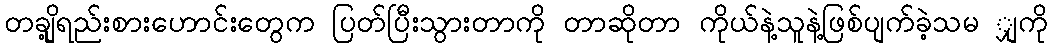
တချို့ရည်းစားဟောင်းတွေက ပြတ်ပြီးသွားတာကို တာဆိုတာ ကိုယ်နဲ့သူနဲ့ဖြစ်ပျက်ခဲ့သမ ျှကို